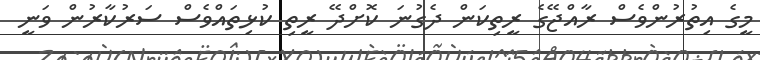
މީގެ އިތުރުންވެސް ރާއްޖޭގެ ރީތިކަން ދެގުނަ ކޮށްދޭ ރީތި ކުޅިތައްވެސް ސަރުކާރުން ވަނީ